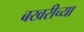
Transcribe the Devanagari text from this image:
बखरीच्या